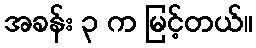
အခန်း ၃ က မြင့်တယ်။